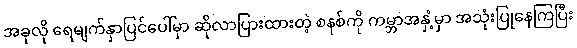
အခုလို ရေမျက်နှာပြင်ပေါ်မှာ ဆိုလာပြားထားတဲ့ စနစ်ကို ကမ္ဘာအနှံ့မှာ အသုံးပြုနေကြပြီး